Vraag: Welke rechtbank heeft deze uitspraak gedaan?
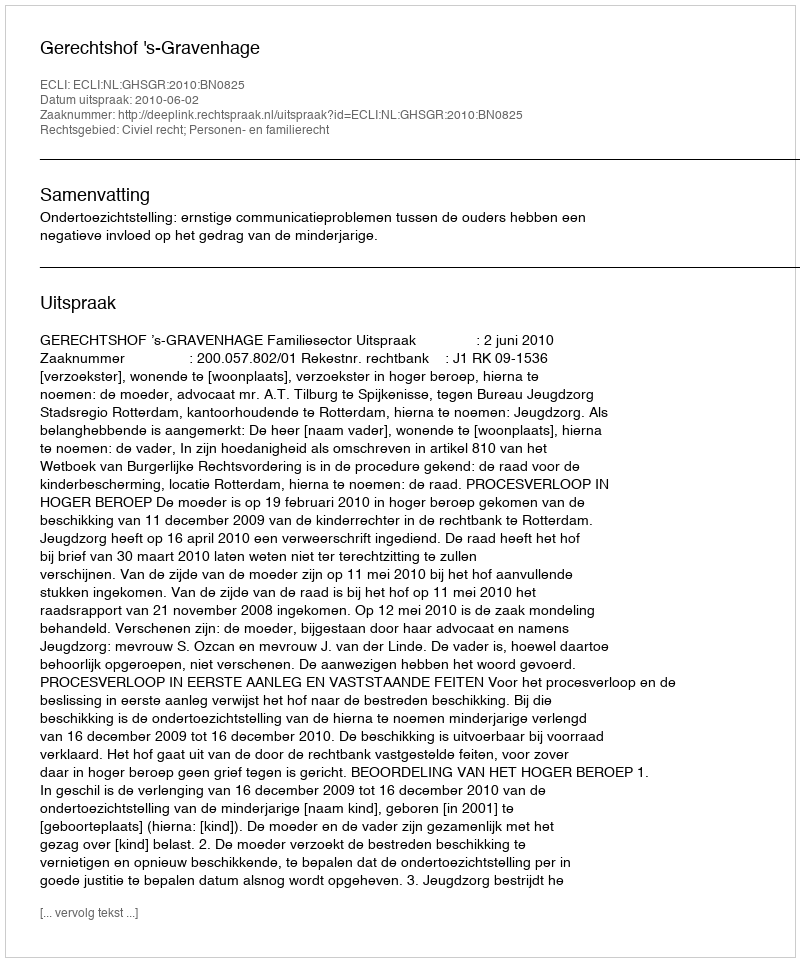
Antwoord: Gerechtshof 's-Gravenhage